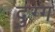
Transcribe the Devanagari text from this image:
दुग्ग